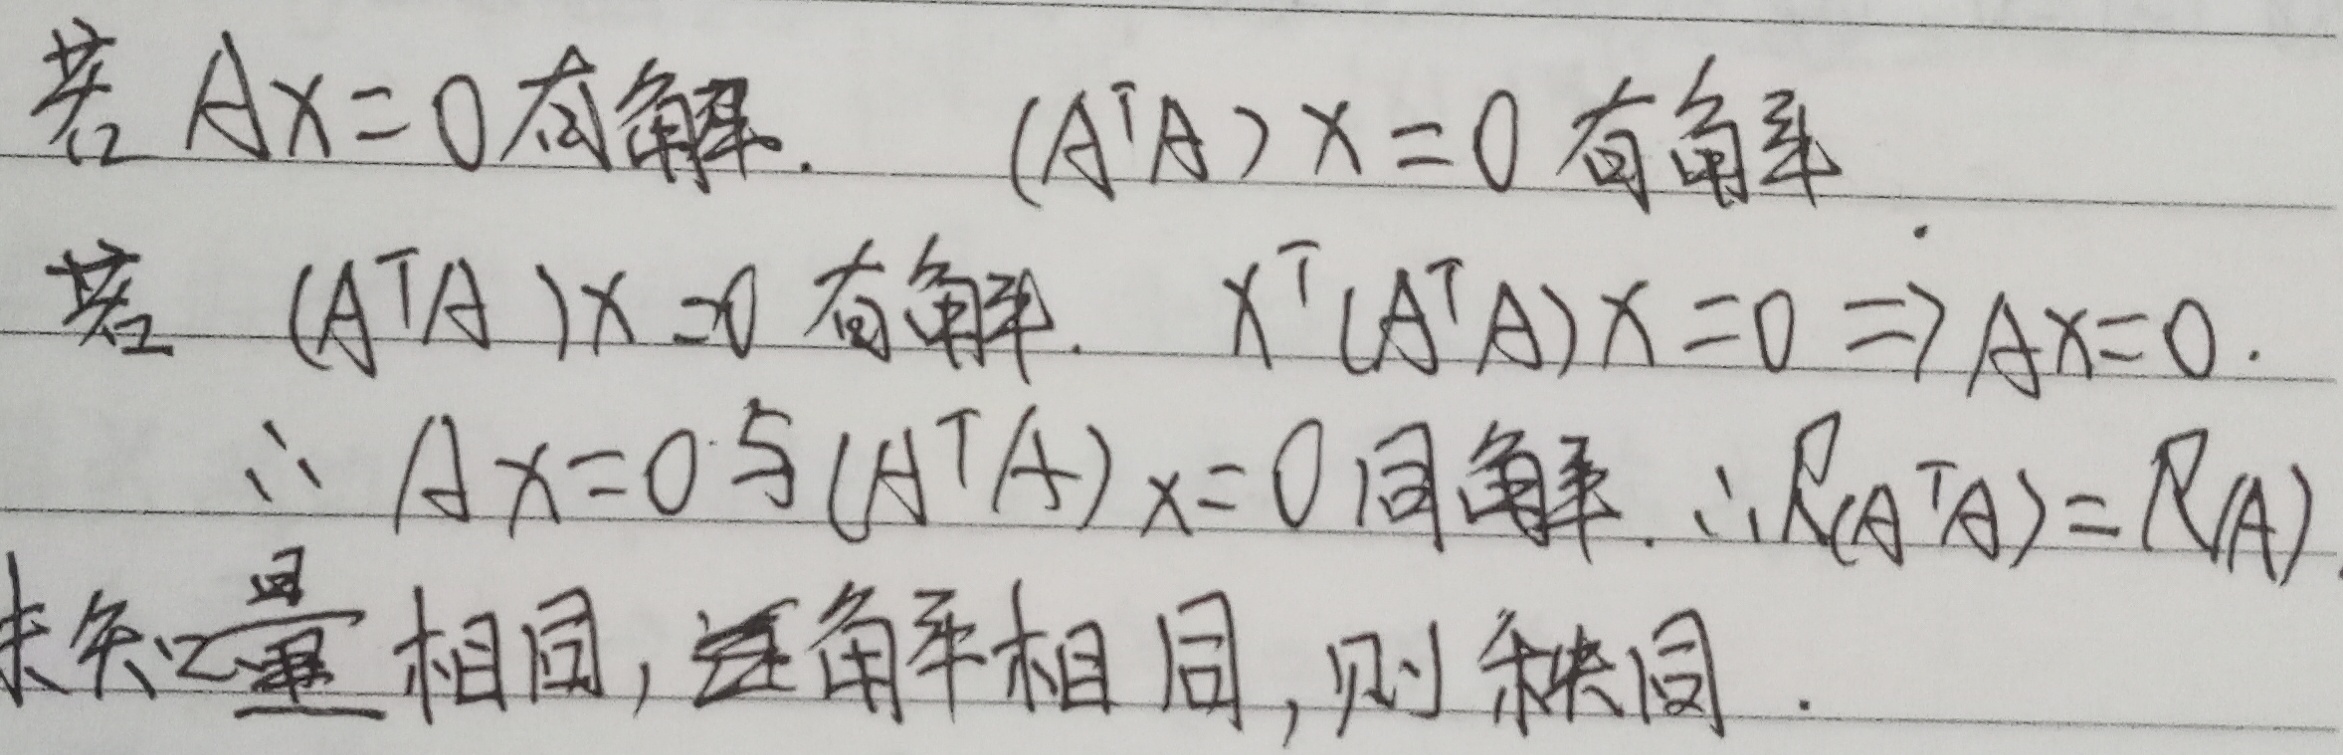
若\(Ax = 0\)有解，则\((A^TA)x = 0\)有解。若\((A^TA)x = 0\)有解，\(x^T(A^TA)x = 0\Rightarrow Ax = 0\)。

\(\therefore Ax = 0\)与\((A^TA)x = 0\)同解，\(\therefore R(A^TA)=R(A)\)。未知量相同，通解相同，则秩同。